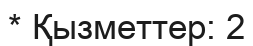
* Қызметтер: 2